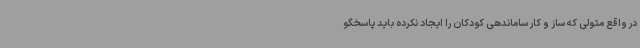
در واقع متولی که ساز و کار ساماندهی کودکان را ایجاد نکرده باید پاسخگو